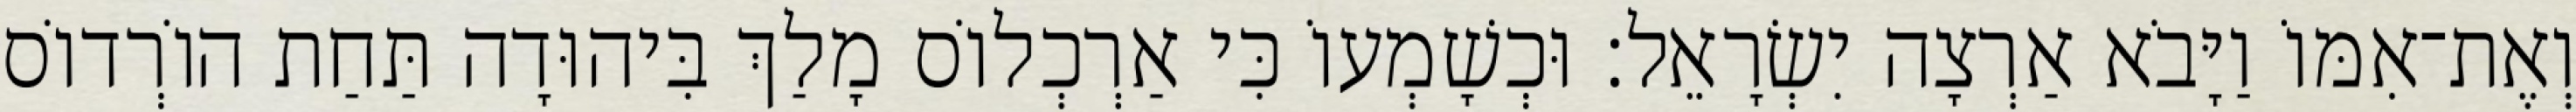
וְאֶת־אִמּוֹ וַיָּבֹא אַרְצָה יִשְׂרָאֵל׃ וּכְשָׁמְעוֹ כִּי אַרְכְלוֹס מָלַךְ בִּיהוּדָה תַּחַת הוֹרְדוֹס